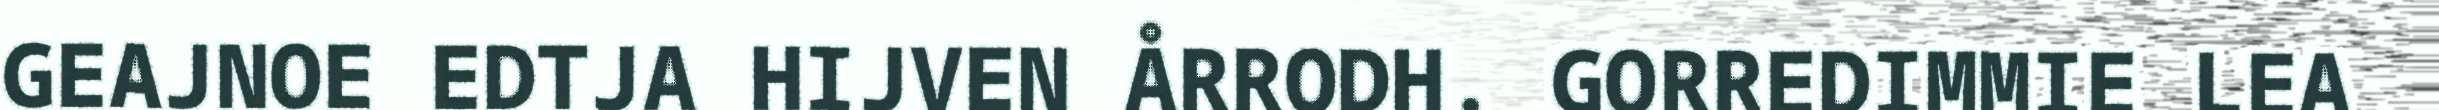
GEAJNOE EDTJA HIJVEN ÅRRODH. GORREDIMMIE LEA